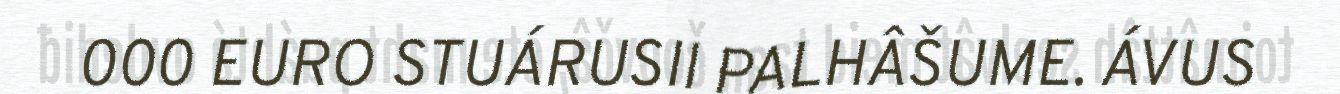
000 EURO STUÁRUSII PALHÂŠUME. ÁVUS